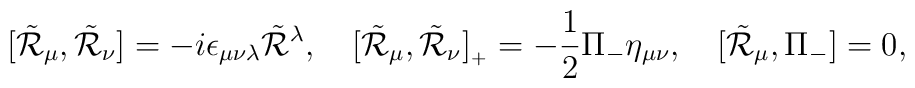
[\tilde{\cal R}_\mu,\tilde{\cal R}_\nu]=-i\epsilon_{\mu\nu\lambda}\tilde{\cal R}{}^\lambda,\quad[\tilde{\cal R}_\mu,\tilde{\cal R}_\nu]_{{}_+}=-\frac{1}{2}\Pi_-\eta_{\mu\nu},\quad[\tilde{\cal R}_\mu,\Pi_-]=0,